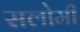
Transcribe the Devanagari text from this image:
सलोमी